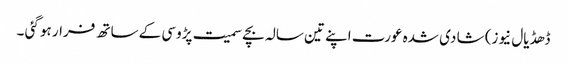
ڈھڈیال نیوز) شا دی شدہ عورت اپنے تین سالہ بچے سمیت پڑوسی کے ساتھ فرار ہو گئی ۔